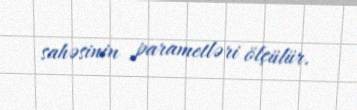
sahəsinin parametləri ölçülür.